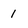
Character: 1